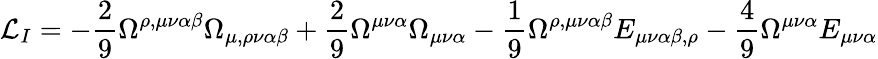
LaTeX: {\cal L}_{I}=-\frac{2}{9}\Omega^{\rho,\mu\nu\alpha\beta}\Omega_{\mu,\rho\nu\alpha\beta}+\frac{2}{9}\Omega^{\mu\nu\alpha}\Omega_{\mu\nu\alpha}-\frac{1}{9}\Omega^{\rho,\mu\nu\alpha\beta}E_{\mu\nu\alpha\beta,\rho}-\frac{4}{9}\Omega^{\mu\nu\alpha}E_{\mu\nu\alpha}